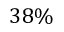
3 8 \%